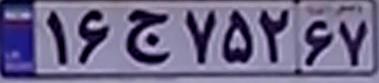
۱۶ج۷۵۲۶۷